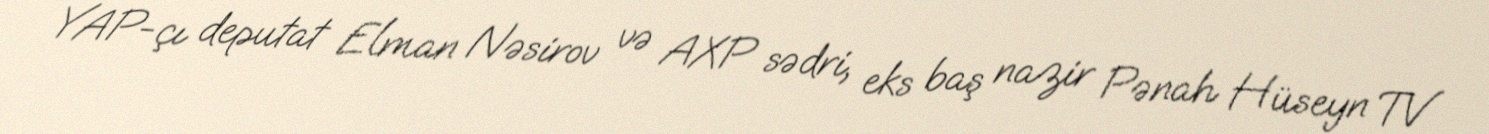
YAP-çı deputat Elman Nəsirov və AXP sədri, eks baş nazir Pənah Hüseyn TV